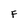
Character: F